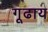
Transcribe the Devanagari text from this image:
गूढाय